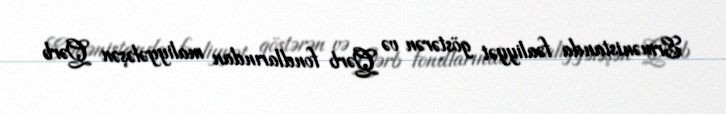
Ermənistanda fəaliyyət göstərən və Qərb fondlarından maliyyələşən Qərb